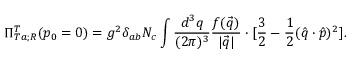
\Pi _ { T a ; R } ^ { T } ( p _ { 0 } = 0 ) = g ^ { 2 } \delta _ { a b } N _ { c } \int \frac { d ^ { 3 } q } { ( 2 \pi ) ^ { 3 } } \frac { f ( \vec { q } ) } { | \vec { q } | } \cdot [ \frac { 3 } { 2 } - \frac { 1 } { 2 } ( \hat { q } \cdot \hat { p } ) ^ { 2 } ] .